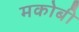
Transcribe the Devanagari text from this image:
मकोबी